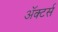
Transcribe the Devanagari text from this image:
ॲक्टर्स